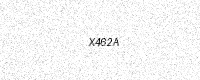
Text: X462A